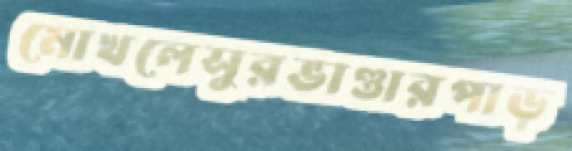
মোখলেসুরভাণ্ডারপাড়